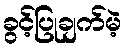
ခွင့်ပြုချက်မဲ့